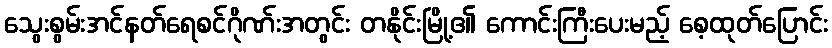
သွေးစွမ်းအင်နတ်ရေစင်ဂိုဏ်းအတွင်း တနိုင်းမြို့၏ ကောင်းကြီးပေးမည့် စေ့ထုတ်ပြောင်း